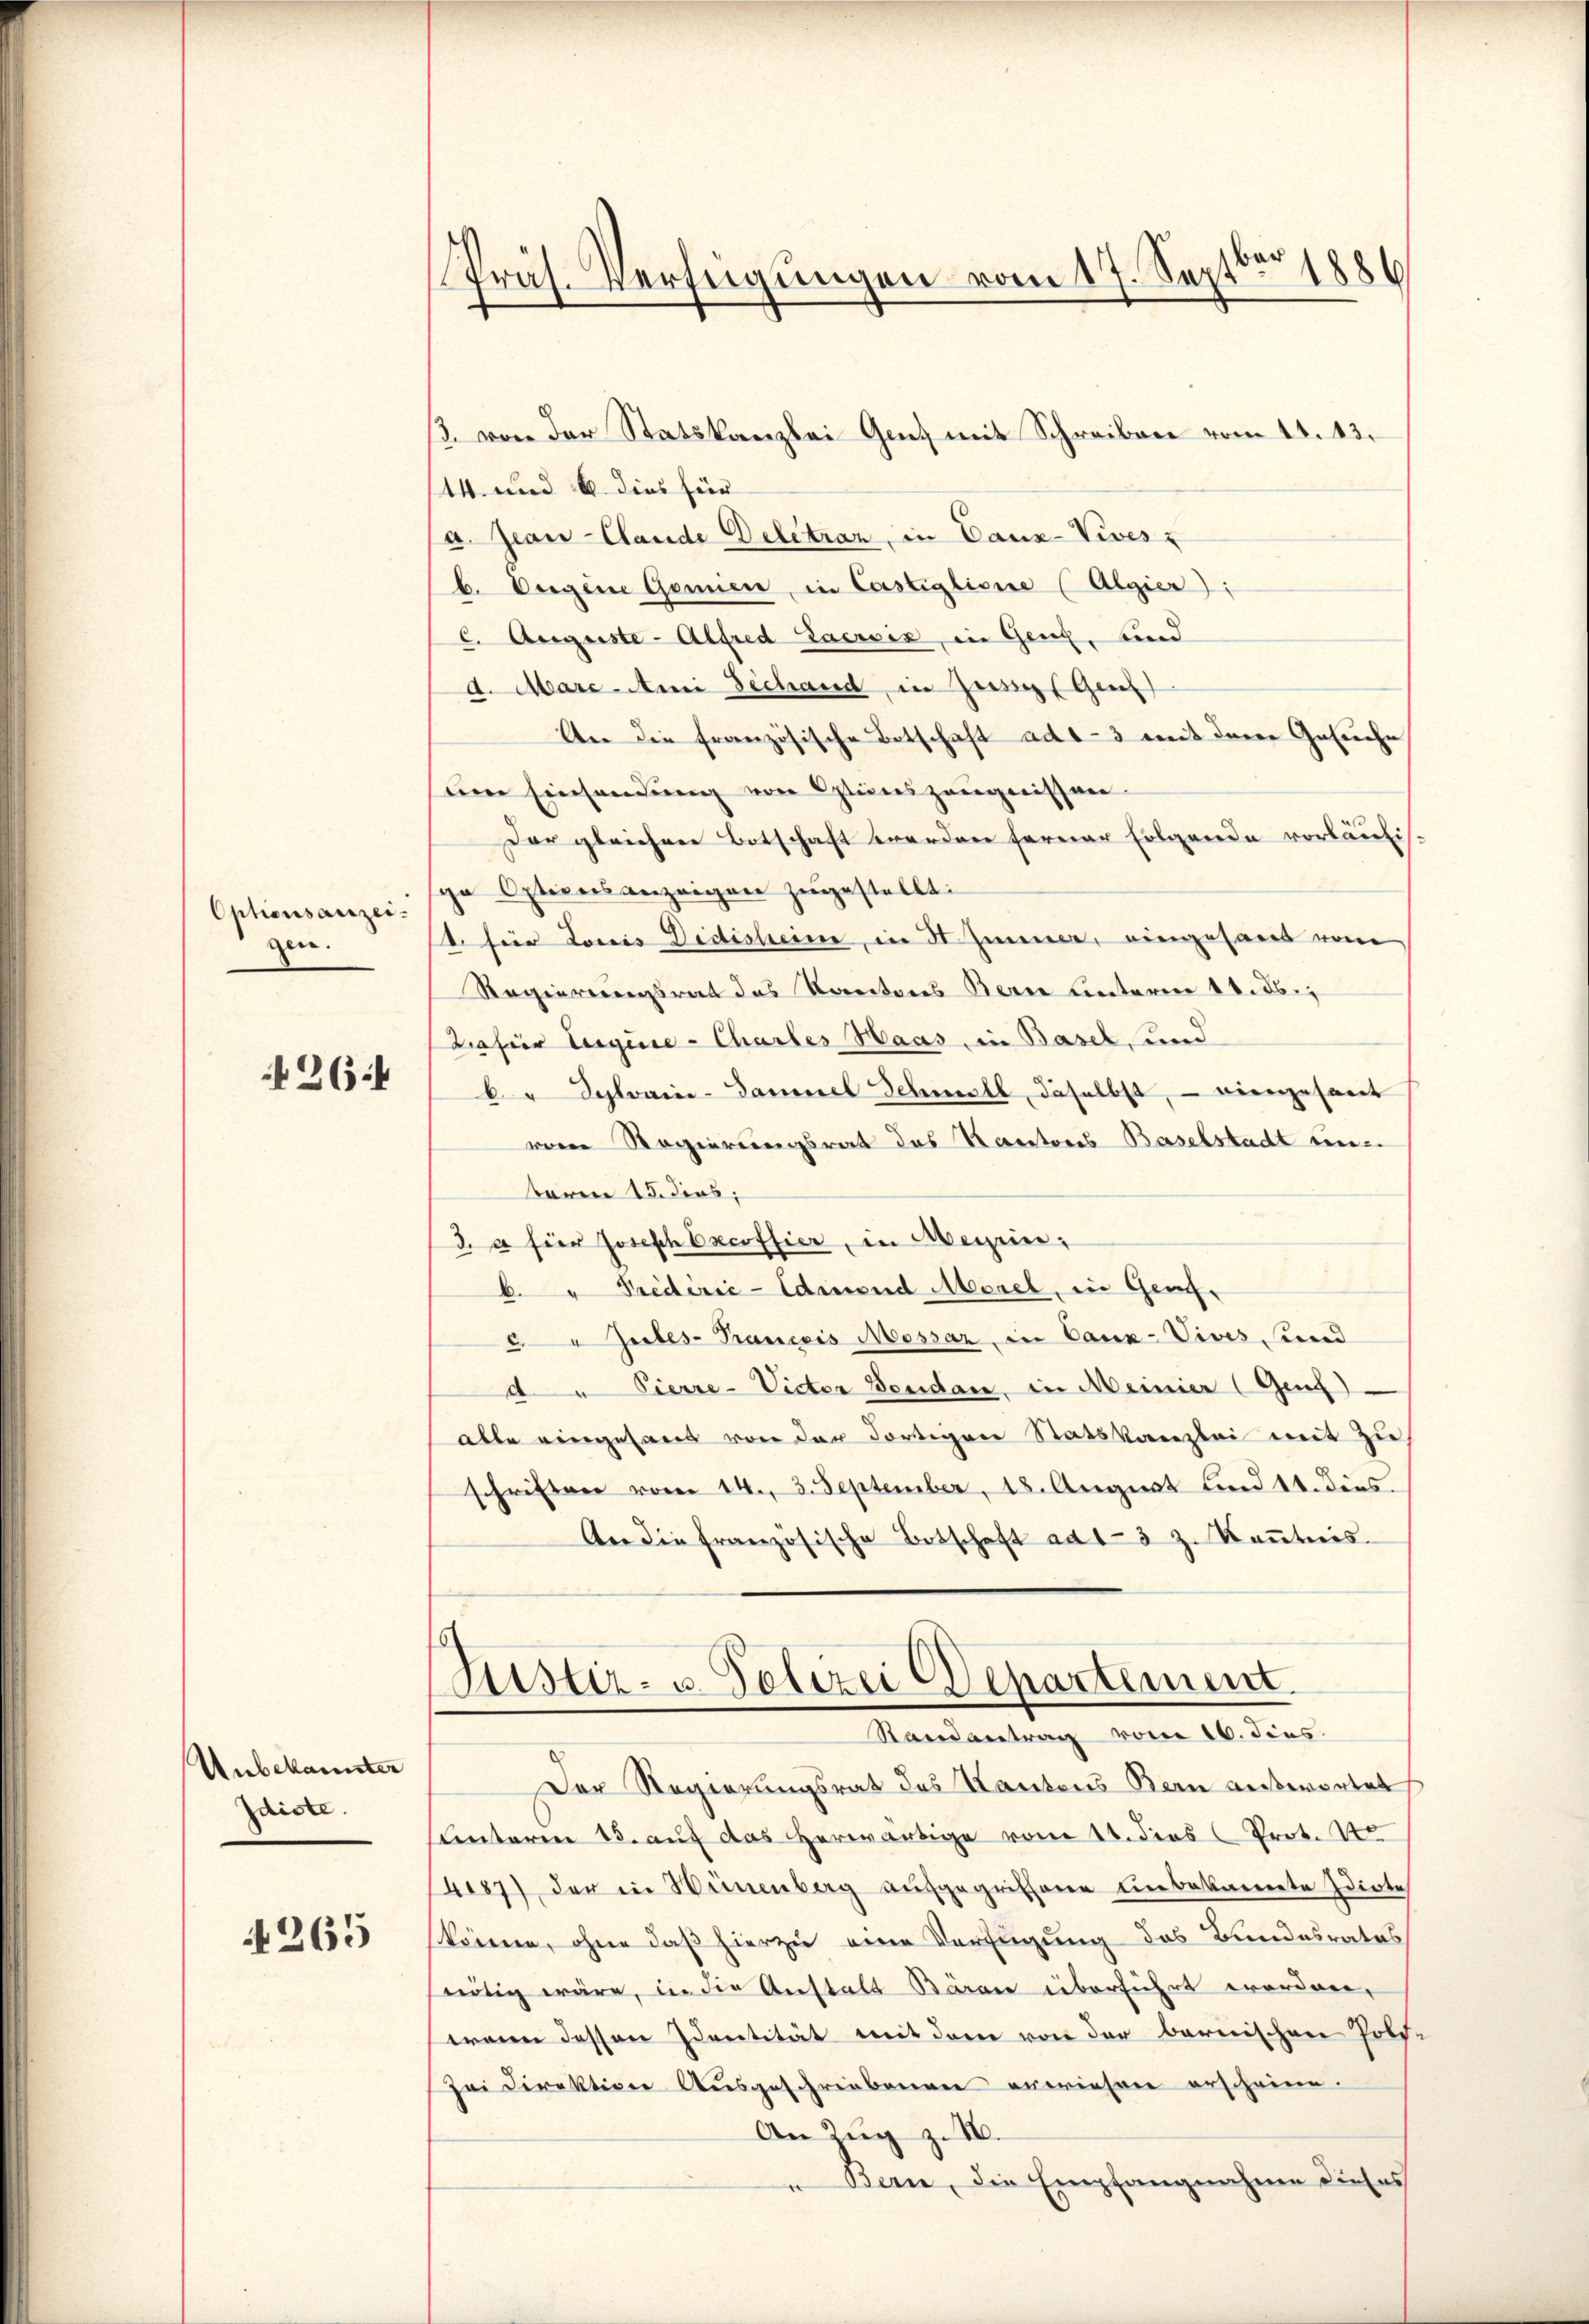
Optionsanzeigen.
264

Unbekannter
Idiste.

4265

Präs. Verfügungen vom 17. Septbr 1886

3. von der Statskanzlei Ganz mit Schreiben vom 14. 13.
14. und 6. dies für
a. Jean Claude Delétran, in Canz-Vives
b. Vergene Gemien, in Castiglione (Algier
c. Auguste- Alfred Lacrois, in Genz, und
d. Mare-Ami Dechand in Zessiepl Genf
An die französische Botschaft ad 1-3 mit den Gesuche
um Einsendung von Steinszeugnissen
Der gleichen Botschaft werden ferner Folgende vorläufig-
ga Optionsanzeigen zugestellt:
1. für Loris Didisheim, in H. Zimmer, eingesand vom
Regierungsrat das Kantons Berne hinterm 18. ds.
Dafür Eugene Chartes Haas, in Basel, und
b. Schlerie-Sammel Schmell, daselbst, – viengesant
vom Regierungsrat des Kantons Baselstadt ein-
taren 13. dies;
3. a hier Joseph Excoffier, in Messen,
b. " Predirić-Edinand Morel, in Genf,
" Gutes Praneris Messar in Caux-Vives, und
Pierre-Vieter Bendan, in Meiner (Gen).
alle eingesand von der dortigen Statskanzlei mit zu
schriften vom 14. 3. September, 18. August und 11. dies.
An die französische Botschaft ad 1-3 z. Kanntnis
Justiz- u. Polizei Departement.
Randantrag vom 16. dies
Der Regierungsrat des Kantons Bern auswortet
Lnterm 15. auf das herwärtige vom 14. dies Prot. 10.
487), der in Weinenberg aufgegriffene unbekannte Idiote
könne, ohne daß hierzu eine Verfügung des Bundesrates
nötig wäre, in die Anstalt Bären überführt worden,
wenn dessen Identität mit dem von der barnischen Poli¬
Zei Direktion Ausgeschriebenen erwiesen erscheine.
An Zug z. B.
Bern, die Empfangnahme dieses